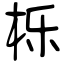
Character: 栎